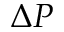
\Delta P